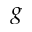
g